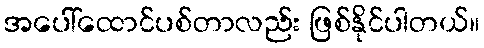
အပေါ်ထောင်ပစ်တာလည်း ဖြစ်နိုင်ပါတယ်။